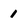
Character: 1